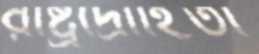
রাষ্ট্রদ্রোহিতা